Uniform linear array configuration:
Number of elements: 64
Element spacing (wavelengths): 1
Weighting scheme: blackman
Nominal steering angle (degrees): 45
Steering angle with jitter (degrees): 46.857
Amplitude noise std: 0.05
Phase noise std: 0.05

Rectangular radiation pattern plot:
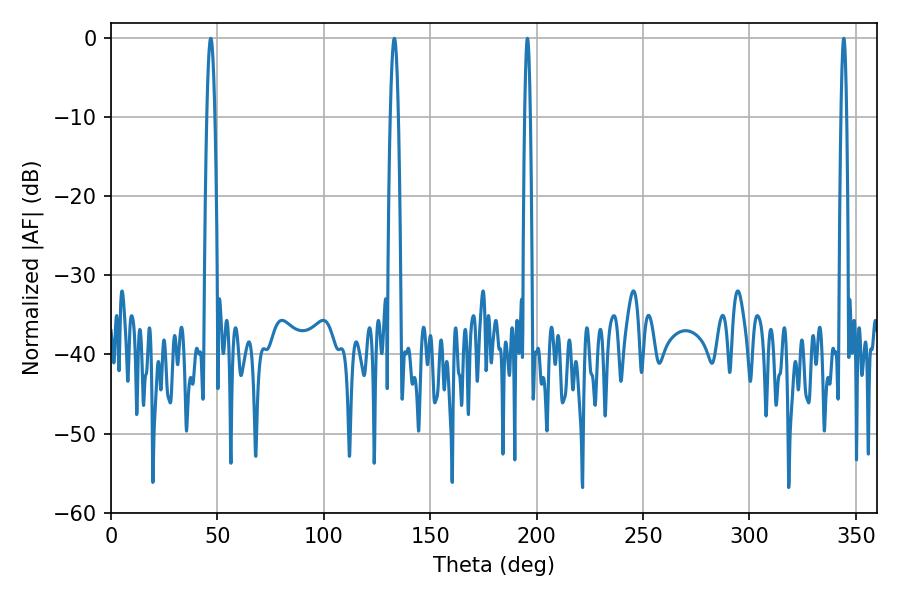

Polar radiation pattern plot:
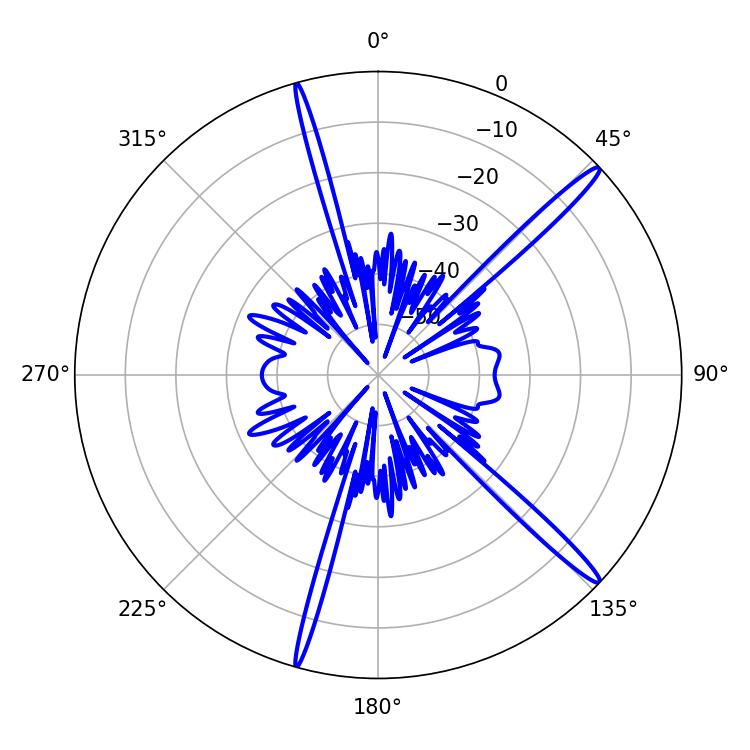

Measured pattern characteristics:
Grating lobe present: TRUE
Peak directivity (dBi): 16.691
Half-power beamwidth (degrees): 1.44
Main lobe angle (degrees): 195.66